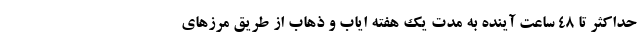
حداکثر تا 48 ساعت آینده به مدت یک هفته ایاب و ذهاب از طریق مرزهای